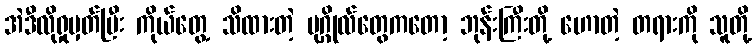
အဲဒီလိုရှုမှတ်ပြီး ကိုယ်တွေ့ သိထားတဲ့ ပုဂ္ဂိုလ်တွေကတော့ ဘုန်းကြီးတို့ ဟောတဲ့ တရားကို သူတို့